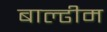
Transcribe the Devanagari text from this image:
बाल्ढीम